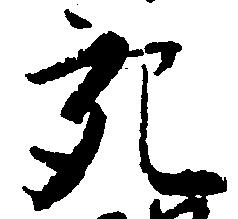
充